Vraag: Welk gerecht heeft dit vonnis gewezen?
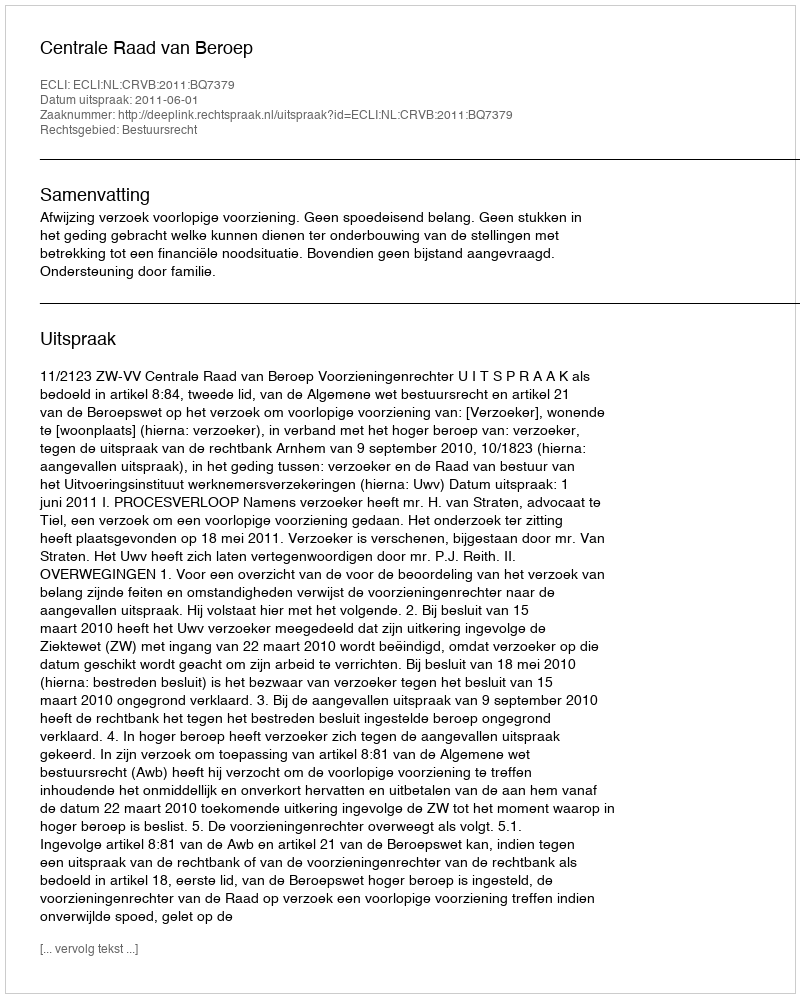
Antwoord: Centrale Raad van Beroep